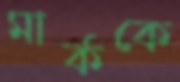
মার্ককে